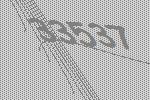
33537